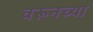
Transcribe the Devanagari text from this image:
वरूनच्या